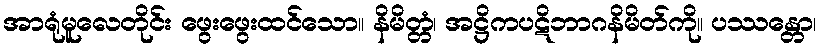
အာရုံမူလေတိုင်း ဖွေးဖွေးထင်သော။ နိမိတ္တံ၊ အဋ္ဌိကပဋိဘာဂနိမိတ်ကို။ ပဿန္တော၊